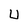
Character: U